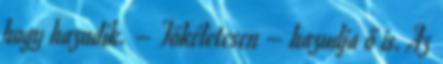
hogy hazudik. – Tökéletesen – hazudja ő is. Az